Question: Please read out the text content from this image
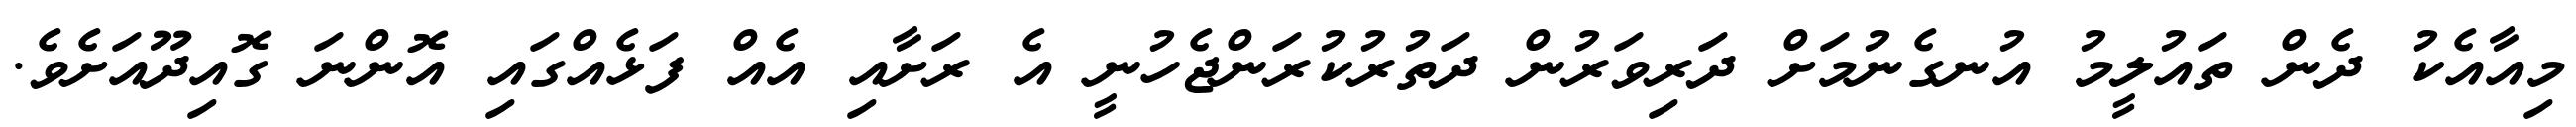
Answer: މިއާއެކު ދެން ތައުލީމު އުނގެނުމަށް ދަރިވަރުން ދަތުރުކުރަންޖެހުނީ އެ ރަށާއި އެއް ފަޅެއްގައި އޮންނަ ގޮއިދޫއަށެވެ.